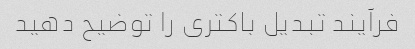
فرآیند تبدیل باکتری را توضیح دهید